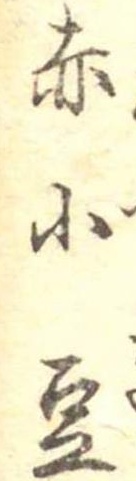
赤小豆